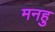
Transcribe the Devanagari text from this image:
मनहु